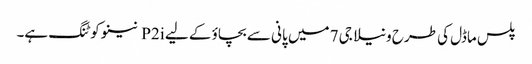
پلس ماڈل کی طرح ونیلا جی 7 میں پانی سے بچاؤ کے لیے P2i نینو کوٹنگ ہے۔